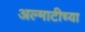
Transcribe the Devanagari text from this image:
अल्माटीच्या